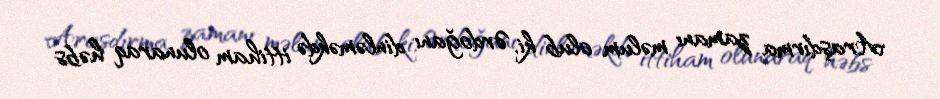
Araşdırma zamanı məlum olub ki, Ərdoğanı dinləməkdə ittiham olunaraq həbs